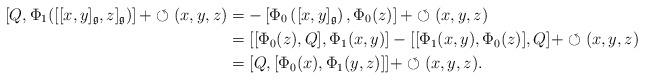
LaTeX: \begin{align*}\left[Q, \Phi_1([[x,y]_\mathfrak{g},z]_\mathfrak{g})\right]+\circlearrowleft(x,y,z)&=-\left[\Phi_0\left([x,y]_\mathfrak{g}\right),\Phi_0(z)\right]+\circlearrowleft(x,y,z)\\&=[[\Phi_0(z),Q],\Phi_1(x,y)]-[[\Phi_1(x,y),\Phi_0(z)],Q]+\circlearrowleft(x,y,z)\\&=[Q,[\Phi_0(x),\Phi_1(y,z)]]+\circlearrowleft(x,y,z).\end{align*}